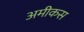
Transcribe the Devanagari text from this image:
अमीकस